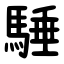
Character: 䮔